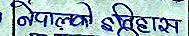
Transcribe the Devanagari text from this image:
नेपालको इतिहास